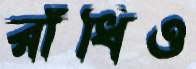
রাঁধিও